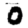
Digit: 0